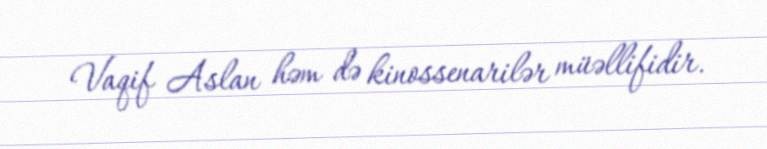
Vaqif Aslan həm də kinossenarilər müəllifidir.